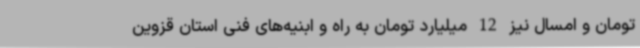
تومان و امسال نیز 12 میلیارد تومان به راه و ابنیه‌های فنی استان قزوین